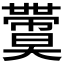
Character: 𡚙